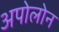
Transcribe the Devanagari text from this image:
अपोलोन